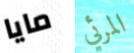
مايا المرئي